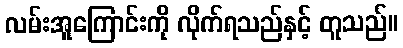
လမ်းအူကြောင်းကို လိုက်ရသည်နှင့် တူသည်။